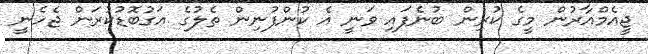
ޖީއެމްއާރުން މީގެ ކުރިން ބުނެފައި ވަނީ އެ ކުންފުނިން ތެލުގެ އަގުބޮޑުކުރަން ޖެހެނީ